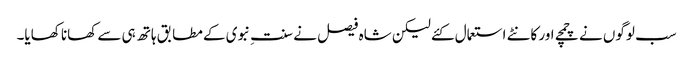
سب لوگوں نے چمچے اور کانٹے استعمال کئے لیکن شاہ فیصل نے سنتِ نبوی کے مطابق ہاتھ ہی سے کھانا کھایا۔